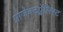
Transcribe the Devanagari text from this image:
प्रोजेक्टप्लेलिस्ट